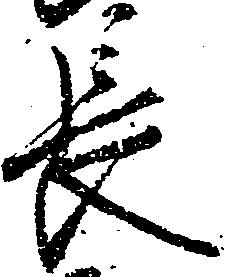
長